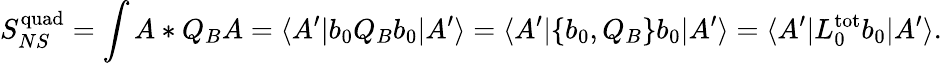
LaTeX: S_{NS}^{\mathrm{quad}}=\int A*Q_{B}A=\langle A^{\prime}|b_{0}Q_{B}b_{0}|A^{\prime}\rangle=\langle A^{\prime}|\{ b_{0},Q_{B}\} b_{0}|A^{\prime}\rangle=\langle A^{\prime}|L_{0}^{\mathrm{tot}}b_{0}|A^{\prime}\rangle.